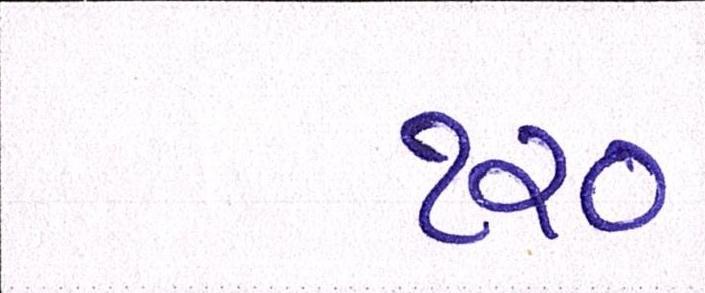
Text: ૧૨૦